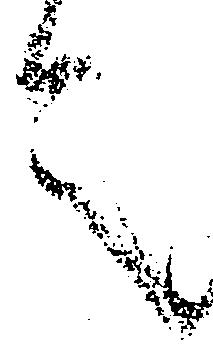
言